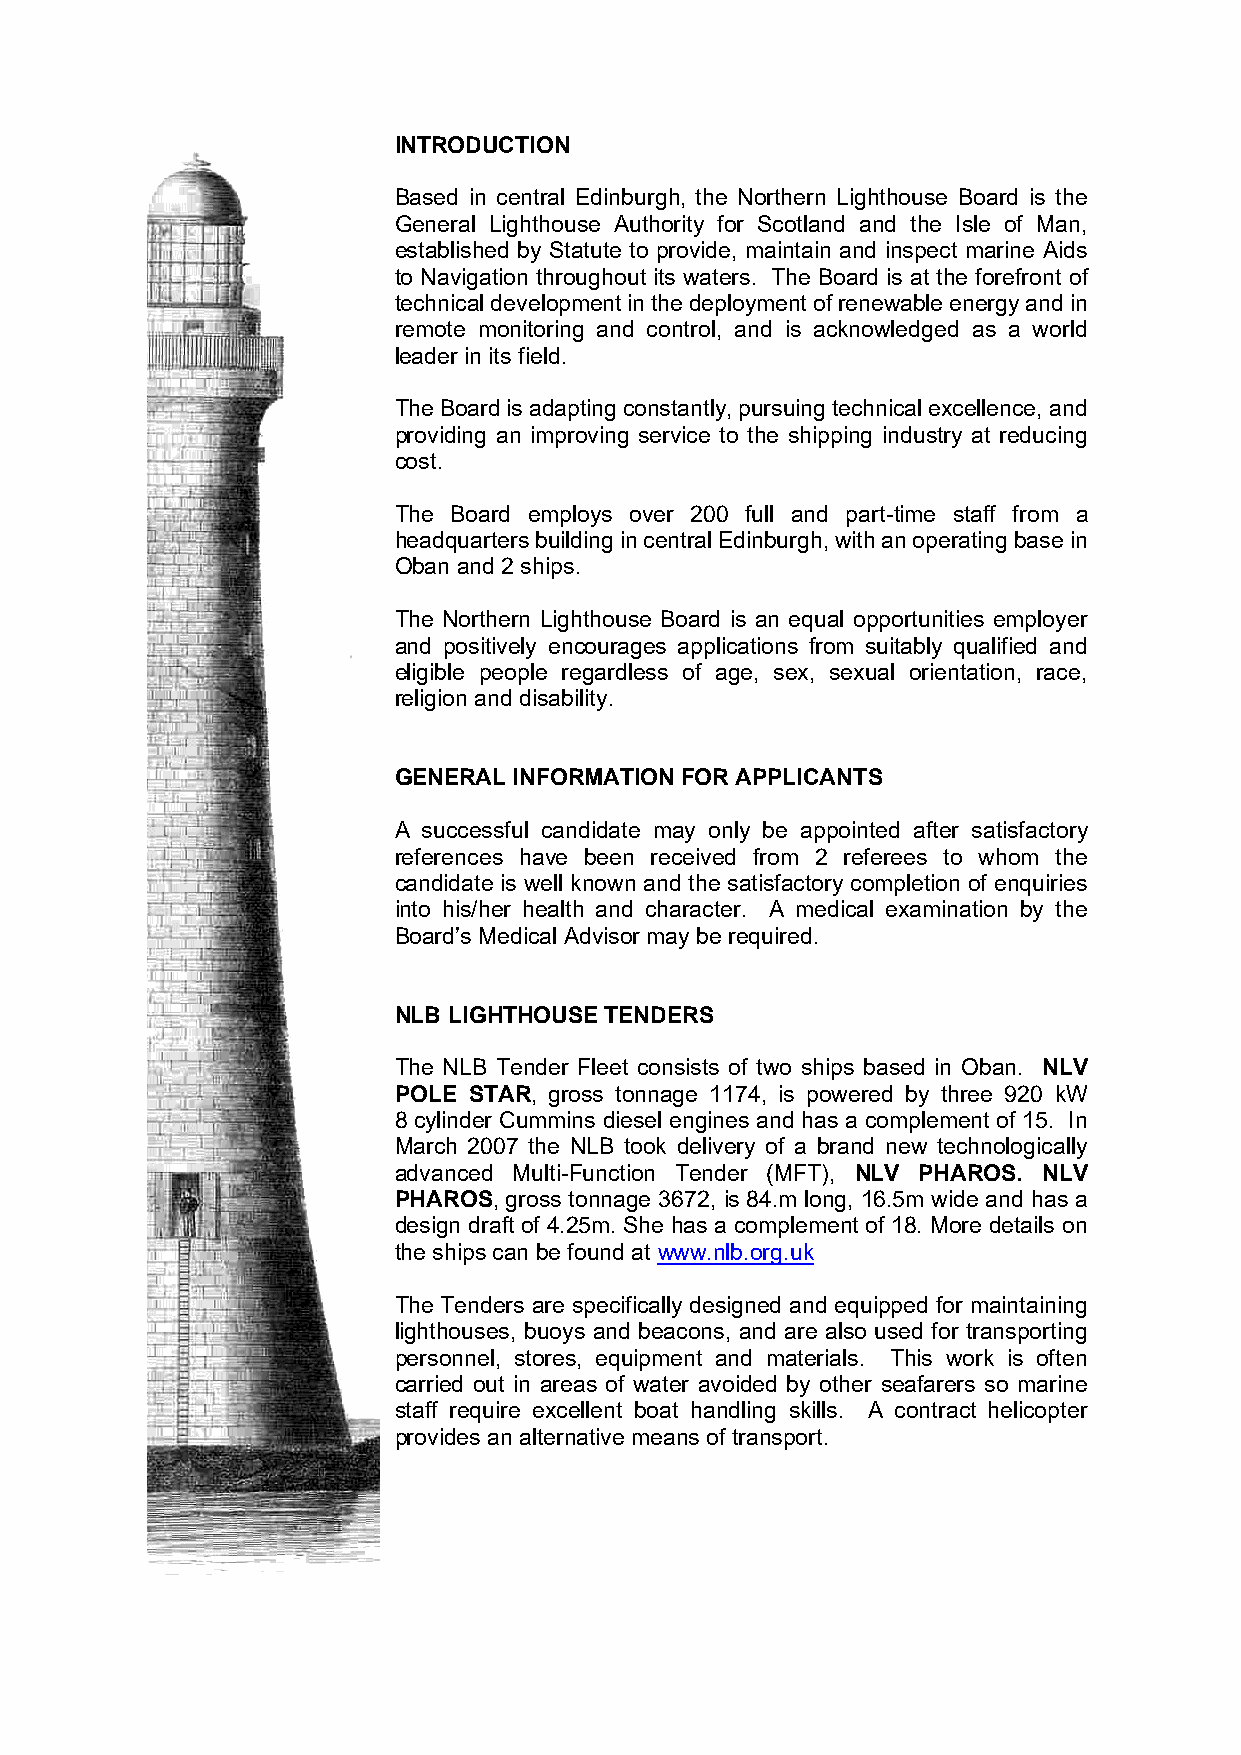
INTRODUCTION
 Based in central Edinburgh, the Northern Lighthouse Board is the
 General Lighthouse Authority for Scotland and the Isle of Man,
 established by Statute to provide, maintain and inspect marine Aids
 to Navigation throughout its waters. The Board is at the forefront of
 technical development in the deployment of renewable energy and in
 remote monitoring and control, and is acknowledged as a world
 leader in its field.
 The Board is adapting constantly, pursuing technical excellence, and
 providing an improving service to the shipping industry at reducing
 cost.
 The Board employs over 200 full and part-time staff from a
 headquarters building in central Edinburgh, with an operating base in
 Oban and 2 ships.
 The Northern Lighthouse Board is an equal opportunities employer
 and positively encourages applications from suitably qualified and
 eligible people regardless of age, sex, sexual orientation, race,
 religion and disability.
 GENERAL INFORMATION FOR APPLICANTS
 A successful candidate may only be appointed after satisfactory
 references have been received from 2 referees to whom the
 candidate is well known and the satisfactory completion of enquiries
 into his/her health and character. A medical examination by the
 Board’s Medical Advisor may be required.
 NLB LIGHTHOUSE TENDERS
 The NLB Tender Fleet consists of two ships based in Oban. NLV
 POLE STAR, gross tonnage 1174, is powered by three 920 kW
 8 cylinder Cummins diesel engines and has a complement of 15. In
 March 2007 the NLB took delivery of a brand new technologically
 advanced Multi-Function Tender (MFT), NLV PHAROS. NLV
 PHAROS, gross tonnage 3672, is 84.m long, 16.5m wide and has a
 design draft of 4.25m. She has a complement of 18. More details on
 the ships can be found at www.nlb.org.uk
 The Tenders are specifically designed and equipped for maintaining
 lighthouses, buoys and beacons, and are also used for transporting
 personnel, stores, equipment and materials. This work is often
 carried out in areas of water avoided by other seafarers so marine
 staff require excellent boat handling skills. A contract helicopter
 provides an alternative means of transport.